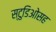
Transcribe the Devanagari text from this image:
स्टुडिओसह